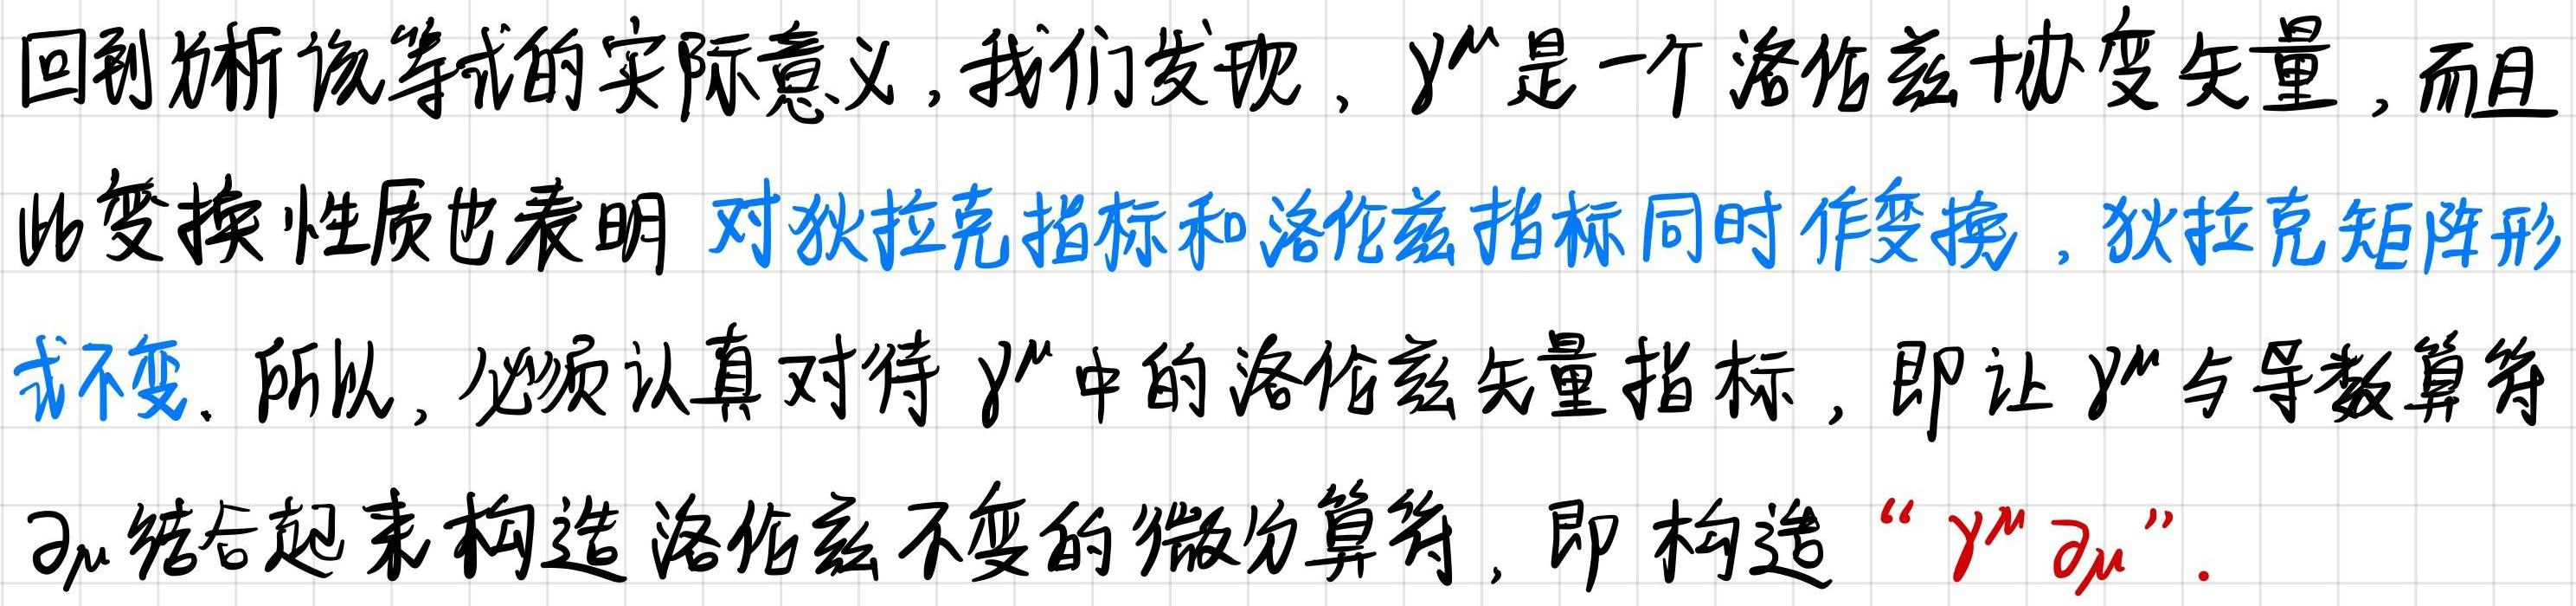
回到分析该等式的实际意义，我们发现，$\gamma^{\mu}$是一个洛伦兹协变矢量，而且此变换性质也表明对狄拉克指标和洛伦兹指标同时作变换，狄拉克矩阵形式不变. 所以，必须认真对待$\gamma^{\mu}$中的洛伦兹矢量指标，即让$\gamma^{\mu}$与导数算符$\partial_{\mu}$结合起来构造洛伦兹不变的微分算符，即构造“$\gamma^{\mu}\partial_{\mu}$”.